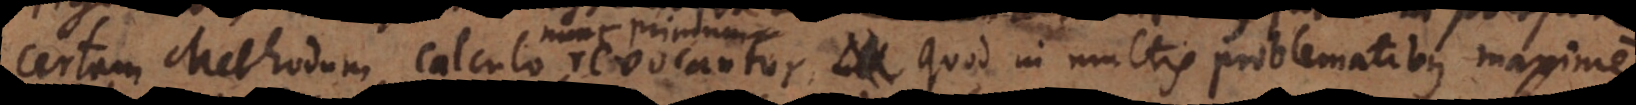
certam Methodum calculo revocantur, quod in multis problematibus maxime